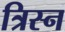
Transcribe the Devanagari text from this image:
त्रिस्न